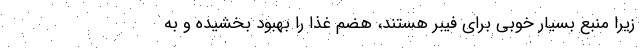
زیرا منبع بسیار خوبی برای فیبر هستند، هضم غذا را بهبود بخشیده و به